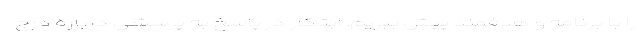
را با برنامه و هدفمند پیش ببریم. ابتکار در پاسخ به پرسشی درباره درج